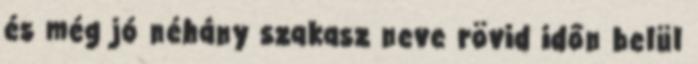
és még jó néhány szakasz neve rövid időn belül